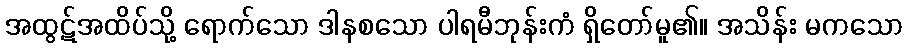
အထွဋ်အထိပ်သို့ ရောက်သော ဒါနစသော ပါရမီဘုန်းကံ ရှိတော်မူ၏။ အသိန်း မကသော